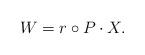
LaTeX: \begin{align*}W=r\circ P\cdot X.\end{align*}